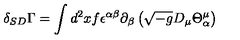
\delta _ { S D } \Gamma = \int d ^ { 2 } x f \epsilon ^ { \alpha \beta } \partial _ { \beta } \left( \sqrt { - g } D _ { \mu } \Theta _ { \alpha } ^ { \mu } \right)